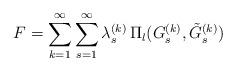
LaTeX: \begin{align*}F=\sum_{k=1}^\infty\sum_{s=1}^{\infty} \lambda_{s}^{(k)}\, { \Pi_{l}}(G_s^{(k)}, \tilde {G}_{s}^{(k)})\end{align*}